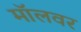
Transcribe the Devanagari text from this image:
मॉलवर